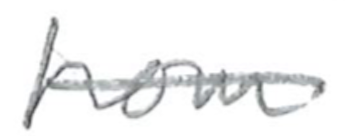
Text: from
Cross-out: single-line
Writing tool: pencil